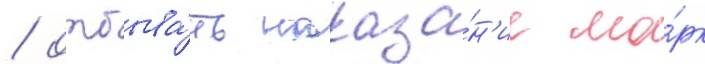
/ отбыва́ть наказа́н'ие ма́рк